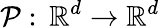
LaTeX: \mathcal{P}:\, \mathbb{R}^{d}\to\mathbb{R}^{d}